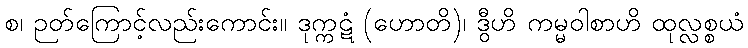
စ၊ ဉတ်ကြောင့်လည်းကောင်း။ ဒုက္ကဋံ (ဟောတိ)၊ ဒွီဟိ ကမ္မဝါစာဟိ ထုလ္လစ္စယံ